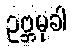
ဥဗ္ဘမုခါ